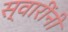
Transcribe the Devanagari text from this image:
स्वारींनी